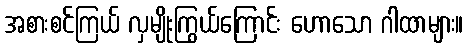
အစားစင်ကြယ် လှမျိုးကြွယ်ကြောင်း ဟောသော ဂါထာများ။